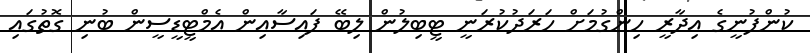
ކުންފުނީގެ އިދާރީ ހިންގުމަށް ހަރަދުކުރަނީ ޓީބިލުން ލިބޭ ފައިސާއިން އެމްޓީޑީސީން ބުނި ގޮތުގައި